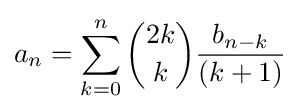
a_{n}=\sum _{k=0}^{n}{\binom {2k}{k}}{\frac {b_{n-k}}{(k+1)}}